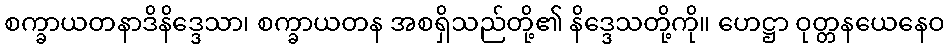
စက္ခာယတနာဒိနိဒ္ဒေသာ၊ စက္ခာယတန အစရှိသည်တို့၏ နိဒ္ဒေသတို့ကို။ ဟေဋ္ဌာ ဝုတ္တနယေနေဝ